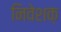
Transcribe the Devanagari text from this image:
निवेशक़